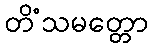
တိံသမတ္တော